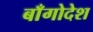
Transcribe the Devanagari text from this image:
बाँगोदेश